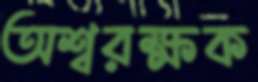
অশ্বরক্ষক